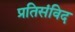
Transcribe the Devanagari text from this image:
प्रतिसंविद